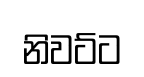
නිවට්ට